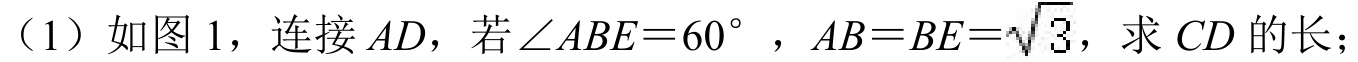
（1）如图 1，连接 \(AD\)，若\(\angle ABE = 60^{\circ}\)，\(AB = BE=\sqrt{3}\)，求 \(CD\)的长；